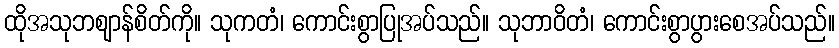
ထိုအသုဘဈာန်စိတ်ကို။ သုကတံ၊ ကောင်းစွာပြုအပ်သည်။ သုဘာဝိတံ၊ ကောင်းစွာပွားစေအပ်သည်။